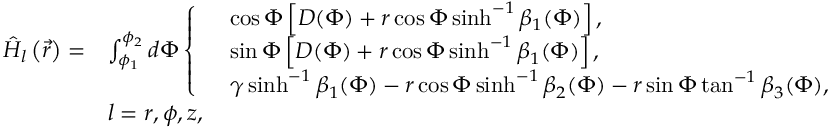
\begin{array} { r l } { \hat { H } _ { l } \left( \vec { r } \right) = } & { \int _ { \phi _ { 1 } } ^ { \phi _ { 2 } } d \Phi \left\{ \begin{array} { l l } & { \cos { \Phi } \left[ D ( \Phi ) + r \cos { \Phi } \sinh ^ { - 1 } { \beta _ { 1 } ( \Phi ) } \right] , } \\ & { \sin { \Phi } \left[ D ( \Phi ) + r \cos { \Phi } \sinh ^ { - 1 } { \beta _ { 1 } ( \Phi ) } \right] , } \\ & { \gamma \sinh ^ { - 1 } { \beta _ { 1 } ( \Phi ) } - r \cos { \Phi } \sinh ^ { - 1 } { \beta _ { 2 } ( \Phi ) } - r \sin { \Phi } \tan ^ { - 1 } { \beta _ { 3 } ( \Phi ) } , } \end{array} \right. } \\ & { l = r , \phi , z , } \end{array}